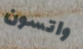
واتسون